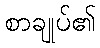
စာချုပ်၏